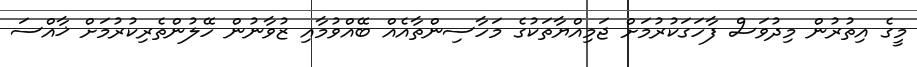
މީގެ އިތުރުން މިދުވަސް ފާހަގަކުރުމަށް ޖަމިއްޔާތަކުގެ މަހާސިންތާއެއް ބޭއްވުމާއި ޒުވާނުން ހޭލުންތެރިކުރުމަށް ޚާއްސަ